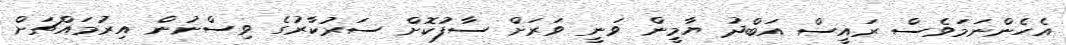
އެހެންނަމަވެސް ރައީސް އަބްދު ޔާމީން ވަނީ ވަރަށް ސާފުކޮށް ސަރުކާރުގެ ވިސްނުން އިރުމައްޗަށް